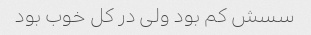
سسش کم بود ولی در کل خوب بود